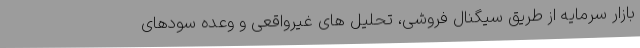
بازار سرمایه از طریق سیگنال فروشی، تحلیل های غیرواقعی و وعده سودهای